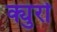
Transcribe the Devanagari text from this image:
क्युर्रा